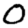
Digit: 0